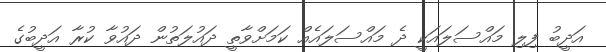
އަދީބު ފިލި މައްސަލައަކީ ދެ މައްސަލައެއް ކަމަށްވާތީ ދައުލަތުން ދައުވާ ކުރާ އަދީބުގެ